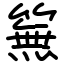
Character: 䉑